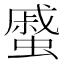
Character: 𧐶